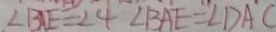
\angle B A E = 2 4 \angle B A E = \angle D A C